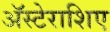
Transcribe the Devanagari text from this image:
अॅस्टेराशिए